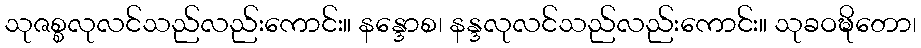
သုဇစ္စလုလင်သည်လည်းကောင်း။ နန္ဒောစ၊ နန္ဒလုလင်သည်လည်းကောင်း။ သုခဝဍ္ဎိတော၊